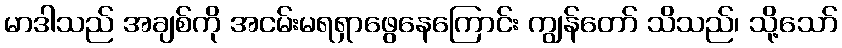
မာဒါသည် အချစ်ကို အငမ်းမရရှာဖွေနေကြောင်း ကျွန်တော် သိသည်၊ သို့သော်